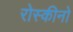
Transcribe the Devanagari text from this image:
रोस्कीनो